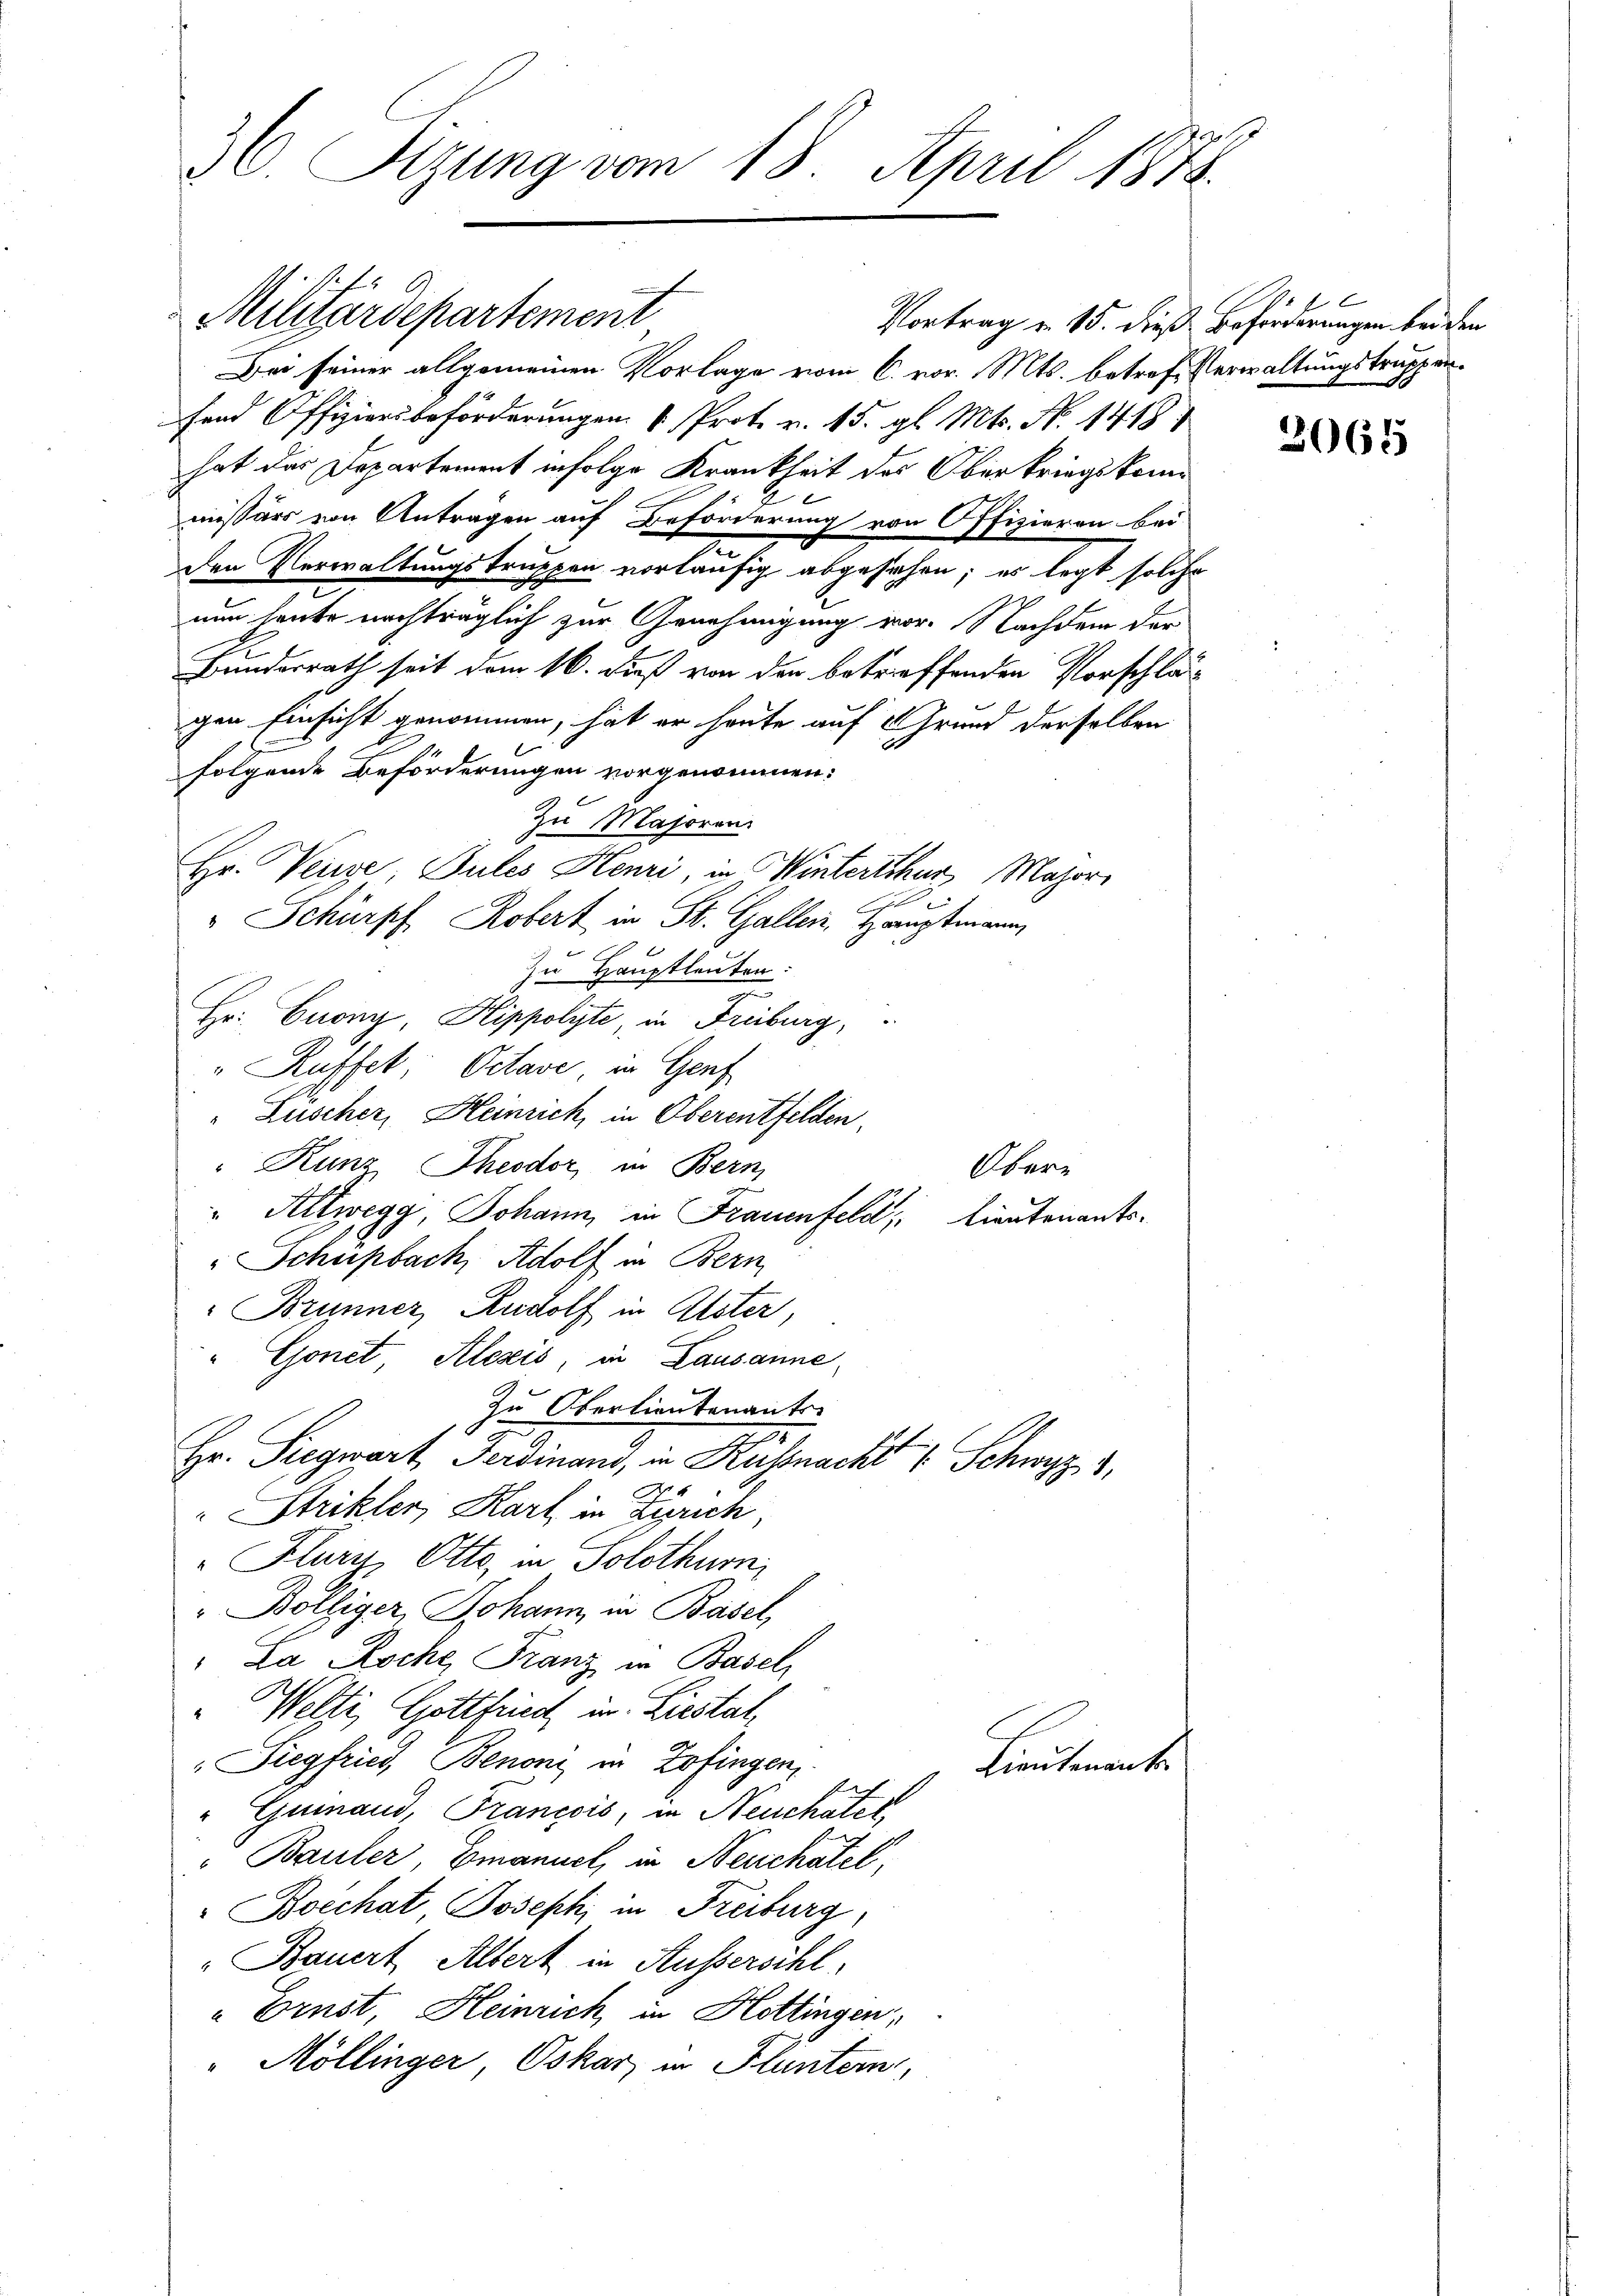
36. Sizung vom 18. April 1878.

Militärdepartement

Bei seiner allgemeinen Vorlage vom 6. vor. Mts. betref-Verwaltungstruppenfend Offiziers beförderungen Prot. v. 15. gl. Mts. No. 1418)
hat das Departement infolge Krankheit des Oberkriegskommissärs von Antragen auf Beförderung von Offizieren bei
den Verwaltungstruppen vorläufig abgesehen; es legt solche
nun heute nachträglich zur Genehmigung vor. Nachdem der
Bundesrath seit dem 16. Dieß von der betreffenden Vorschlus
gen Einsicht genommen, hat er heute auf Grund derselben
folgende Beförderungen vorgenommen:
Zu Majoren
Hr. Verwe Bules Henri, in Winterthur, Major
2
" Schurpf Robert in St. Gallen, Hauptmann,
6
p
In Hauptleuten:
Hr. Cuony, Hippolyte, in Freiburg,
" Kuffet. Octave in Genf
Lüscher, Heinrich, in Oberentfelden,
Kunz Theodor in Bern,
Obere
" Altwegg, Johann, in Frauenfeld, Lieutenants¬
Schupbach Adolf in Bern,
Brunner Rudolf in Elster,
" Gonet, Alezis, in Lausanne
Zu Oberlieutenants
27
Hr. Siegwart Ferdinand, in Kussnach " Schwyz u.
Strikler, Karl in Zürich,
Flury, Otto, in Solothurni
" Bölliger, Johann in Basel,
"La Roche Franz in Basel
" Welti, Gottfried in Liestat,
"Siegfried, Benoni in Zofingen,
Lieutenant
"Gumand, Francois, in Neuchatel,
Bauler Emanuel, in Neuchatel,
Boechat, Josephi in Freiburg,
"Bauert Albert in Aussersihl.
"Ernst, Heinrich in Hottingen,
"Möllinger, Oskar in Fluntern,

x
Vortrag u. 15. dieß Beförderungen bei den

2065